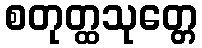
စတုတ္ထသုတ္တေ